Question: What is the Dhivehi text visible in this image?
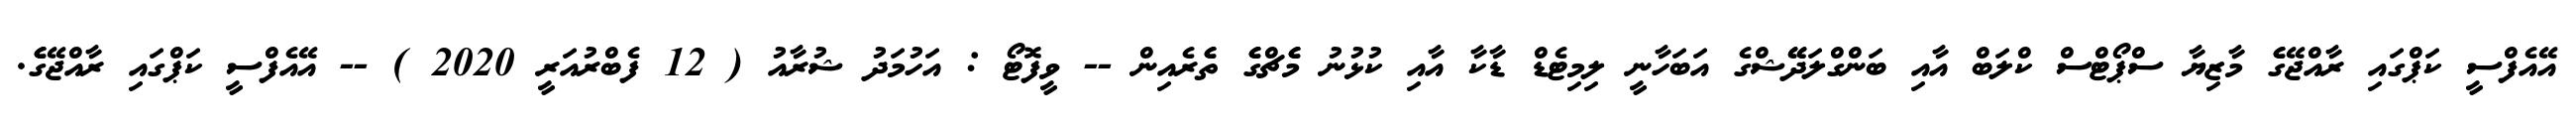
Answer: އޭއެފްސީ ކަޕްގައި ރާއްޖޭގެެ މާޒިޔާ ސްޕޯޓްސް ކްލަބް އާއި ބަންގްލަދޭޭޝްގެ އަބަހާނީ ލިމިޓެޑް ޑާކާ އާއި ކުޅުނު މެެޗްގެެ ތެެރެއިން -- ވީފޮޓޯ : އަހުމަދު ޝުރާއު ( 12 ފެބްރުއަރީ 2020 ) -- އޭއެފްސީ ކަޕްގައި ރާއްޖޭގެެ.